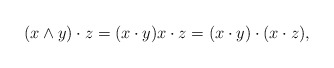
\begin{align*}(x\wedge y)\cdot z=(x\cdot y)x\cdot z=(x\cdot y)\cdot(x\cdot z),\end{align*}